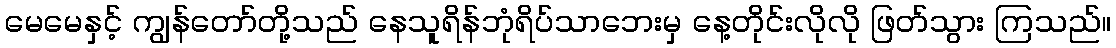
မေမေနှင့် ကျွန်တော်တို့သည် နေသူရိန်ဘုံရိပ်သာဘေးမှ နေ့တိုင်းလိုလို ဖြတ်သွား ကြသည်။